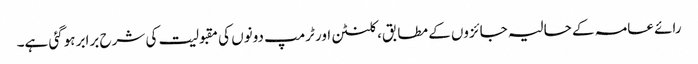
رائے عامہ کے حالیہ جائزوں کے مطابق، کلنٹن اور ٹرمپ دونوں کی مقبولیت کی شرح برابر ہوگئی ہے۔